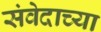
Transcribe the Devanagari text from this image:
संवेदाच्या